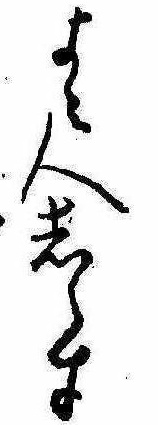
よみ人しらす